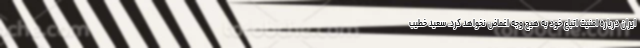
ایران درباره امنیت اتباع خود به هیچ وجه اغماض نخواهد کرد. سعید خطیب